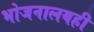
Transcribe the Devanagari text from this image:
भोजनालयही